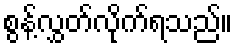
စွန့်လွှတ်လိုက်ရသည်။